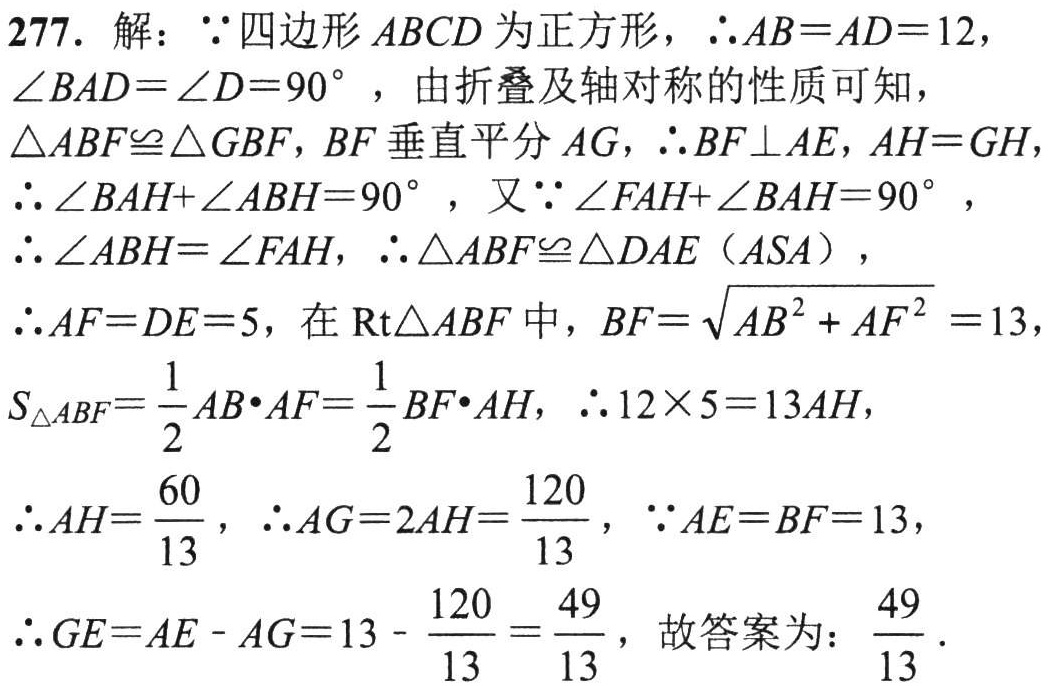
277. 解：\(\because\)四边形 \(ABCD\) 为正方形，\(\therefore AB = AD = 12\)，\(\angle BAD=\angle D = 90^{\circ}\)，由折叠及轴对称的性质可知，\(\triangle ABF\cong\triangle GBF\)，\(BF\) 垂直平分 \(AG\)，\(\therefore BF\perp AE\)，\(AH = GH\)，\(\therefore\angle BAH+\angle ABH = 90^{\circ}\)，又\(\because\angle FAH+\angle BAH = 90^{\circ}\)，\(\therefore\angle ABH=\angle FAH\)，\(\therefore\triangle ABF\cong\triangle DAE\ (\text{ASA})\)，\(\therefore AF = DE = 5\)，在 \(\text{Rt}\triangle ABF\) 中，\(BF=\sqrt{AB^{2}+AF^{2}} = 13\)，\(S_{\triangle ABF}=\frac{1}{2}AB\cdot AF=\frac{1}{2}BF\cdot AH\)，\(\therefore 12\times 5 = 13AH\)，\(\therefore AH=\frac{60}{13}\)，\(\therefore AG = 2AH=\frac{120}{13}\)，\(\because AE = BF = 13\)，\(\therefore GE=AE - AG = 13-\frac{120}{13}=\frac{49}{13}\)，故答案为：\(\frac{49}{13}\)．